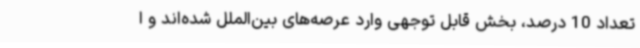
تعداد 10 درصد، بخش قابل توجهی وارد عرصه‌های بین‌الملل شده‌اند و ا